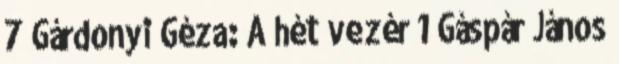
7 Gárdonyi Géza: A hét vezér 1 Gáspár János